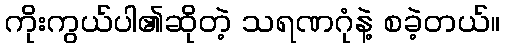
ကိုးကွယ်ပါ၏ဆိုတဲ့ သရဏဂုံနဲ့ စခဲ့တယ်။